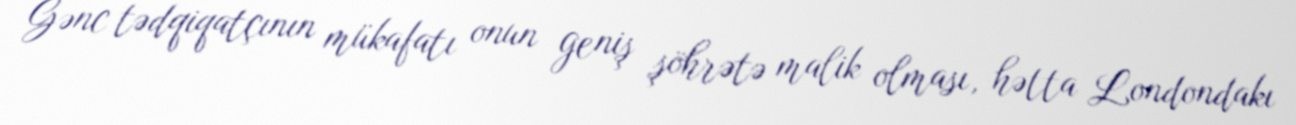
Gənc tədqiqatçının mükafatı onun geniş şöhrətə malik olması, hətta Londondakı